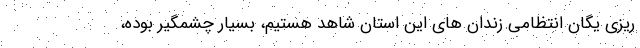
ریزی یگان انتظامی زندان های این استان شاهد هستیم، بسیار چشمگیر بوده،